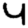
Digit: 4